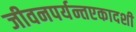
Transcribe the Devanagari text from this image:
जीवनपर्यन्तएकादशी